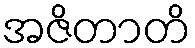
အဇိတာတိ